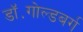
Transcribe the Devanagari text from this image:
डॉ॰गोल्डबर्ग